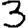
Digit: 3